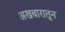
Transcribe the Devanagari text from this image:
अखबारातून